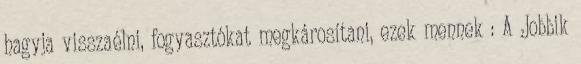
hagyja visszaélni, fogyasztókat megkárosítani, ezek mennek : A Jobbik